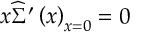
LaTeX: x \widehat { \Sigma } ^ { \prime } \left( x \right) _ { x = 0 } = 0